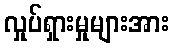
လှုပ်ရှားမှုများအား